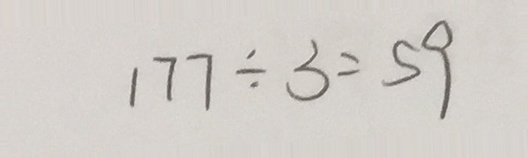
1 7 7 \div 3 = 5 9